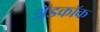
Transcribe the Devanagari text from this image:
अॅडकॉक